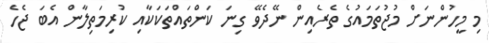
މި މީހުންނަށް މުޖުތަމައުގެ ތެރެއިން ނޭދެވޭ ގިނަ ކަންތައްތަކަކާއި ކުރިމަތިލާން އެބަ ޖެހެ